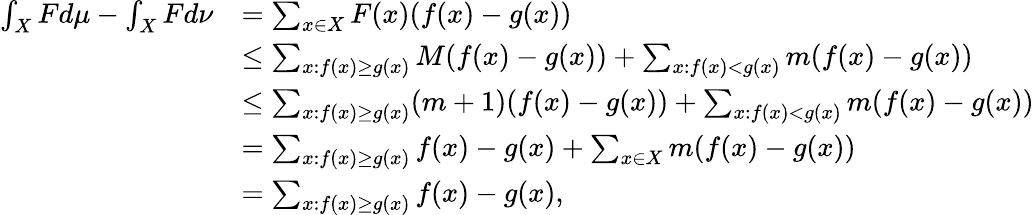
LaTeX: \begin{array}{rl}{\int_{X}Fd\mu-\int_{X}Fd\nu}&{=\sum_{x\in X}F(x)(f(x)-g(x))}\\ &{\leq\sum_{x:f(x)\geq g(x)}M(f(x)-g(x))+\sum_{x:f(x)<g(x)}m(f(x)-g(x))}\\ &{\leq\sum_{x:f(x)\geq g(x)}(m+1)(f(x)-g(x))+\sum_{x:f(x)<g(x)}m(f(x)-g(x))}\\ &{=\sum_{x:f(x)\geq g(x)}f(x)-g(x)+\sum_{x\in X}m(f(x)-g(x))}\\ &{=\sum_{x:f(x)\geq g(x)}f(x)-g(x),}\end{array}